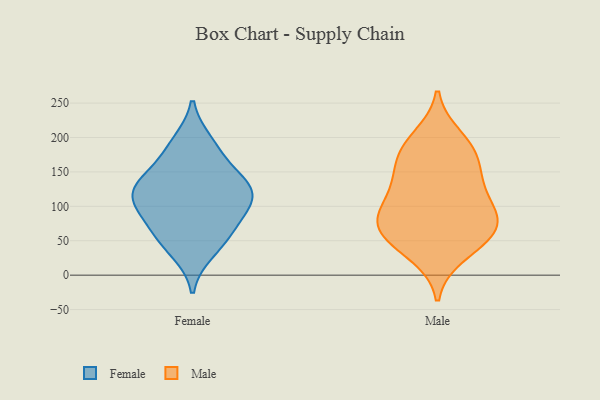
{"axis": {"x": "Latency (ms)", "y": "Value"}, "legend": ["Female", "Male"], "data": [{"x": "", "y": 113, "type": "Female"}, {"x": "", "y": 179, "type": "Female"}, {"x": "", "y": 137, "type": "Female"}, {"x": "", "y": 133, "type": "Female"}, {"x": "", "y": 193, "type": "Female"}, {"x": "", "y": 111, "type": "Female"}, {"x": "", "y": 103, "type": "Female"}, {"x": "", "y": 59, "type": "Female"}, {"x": "", "y": 136, "type": "Female"}, {"x": "", "y": 34, "type": "Female"}, {"x": "", "y": 60, "type": "Female"}, {"x": "", "y": 88, "type": "Female"}, {"x": "", "y": 62, "type": "Male"}, {"x": "", "y": 78, "type": "Male"}, {"x": "", "y": 30, "type": "Male"}, {"x": "", "y": 119, "type": "Male"}, {"x": "", "y": 60, "type": "Male"}, {"x": "", "y": 83, "type": "Male"}, {"x": "", "y": 82, "type": "Male"}, {"x": "", "y": 132, "type": "Male"}, {"x": "", "y": 165, "type": "Male"}, {"x": "", "y": 185, "type": "Male"}, {"x": "", "y": 88, "type": "Male"}, {"x": "", "y": 177, "type": "Male"}, {"x": "", "y": 200, "type": "Male"}, {"x": "", "y": 45, "type": "Male"}, {"x": "", "y": 137, "type": "Male"}]}